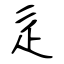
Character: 辵